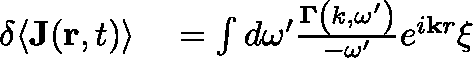
\begin{array} { r l } { \delta \langle \mathbf { J } ( \mathbf { r } , t ) \rangle } & { { } = \int d \omega ^ { \prime } \frac { \mathbf { \Gamma } \left( k , \omega ^ { \prime } \right) } { - \omega ^ { \prime } } e ^ { i \mathbf { k } r } \xi } \end{array}